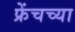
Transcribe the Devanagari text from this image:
फ्रेंचच्या